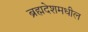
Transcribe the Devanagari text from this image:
ब्रह्मदेशमधील